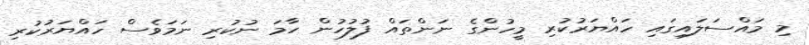
މި މައްސަލައިގައި ހައްޔަރުކުރި މީހުންގެ ނަންތައް ފުލުހުން ހާމަ ނުކުރި ނަމަވެސް ހައްޔަރުކުރި